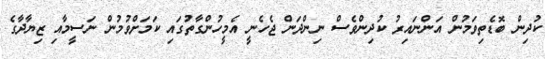
ކުދިން ބޮޑެތިވަމުން އަންނައިރު ކުދިންވެސް ނިންދަން ޖެހެނީ އެމީހުންގާތުގައި ކަމަށްވުމުން ނަސީމާއި ޒިޔާދާގެ